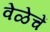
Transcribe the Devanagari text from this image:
वेळेचें